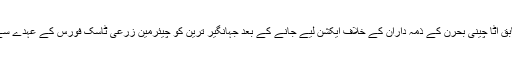
رپورٹ کے مطابق آٹا چینی بحرن کے ذمہ داران کے خلاف ایکشن لیے جانے کے بعد جہانگیر ترین کو چیئرمین زرعی ٹاسک فورس کے عہدے سے ہٹا دیا گیا ہے۔